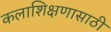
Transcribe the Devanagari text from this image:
कलाशिक्षणासाठी